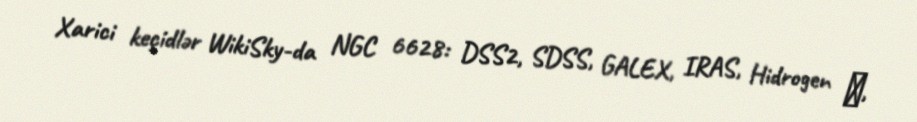
Xarici keçidlər WikiSky-da NGC 6628: DSS2, SDSS, GALEX, IRAS, Hidrogen α,